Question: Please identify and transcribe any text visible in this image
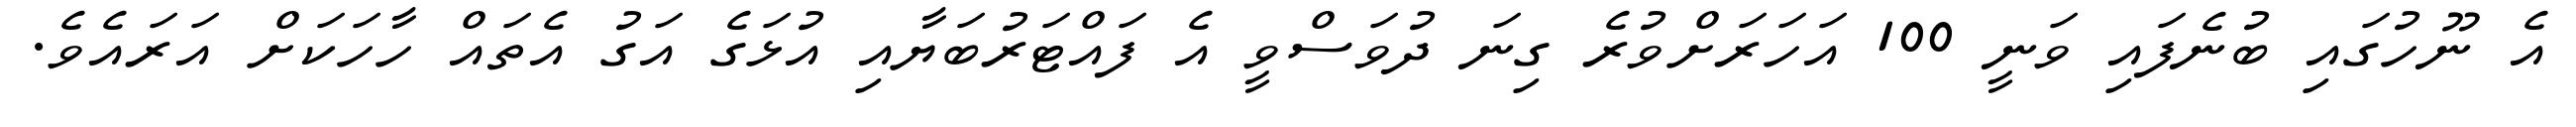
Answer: އެ ނޫހުގައި ބުނެފައި ވަނީ 100 އަހަރަށްވުރެ ގިނަ ދުވަސްވީ އެ ފައްޓަރުބަޔާއި އުޅަގެ އަގު އެތައް ހާހަކަށް އަރައެވެ.